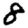
Digit: 8